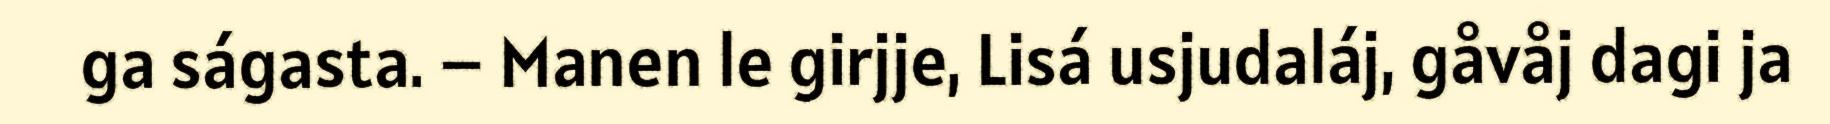
ga ságasta. – Manen le girjje, Lisá usjudaláj, gåvåj dagi ja